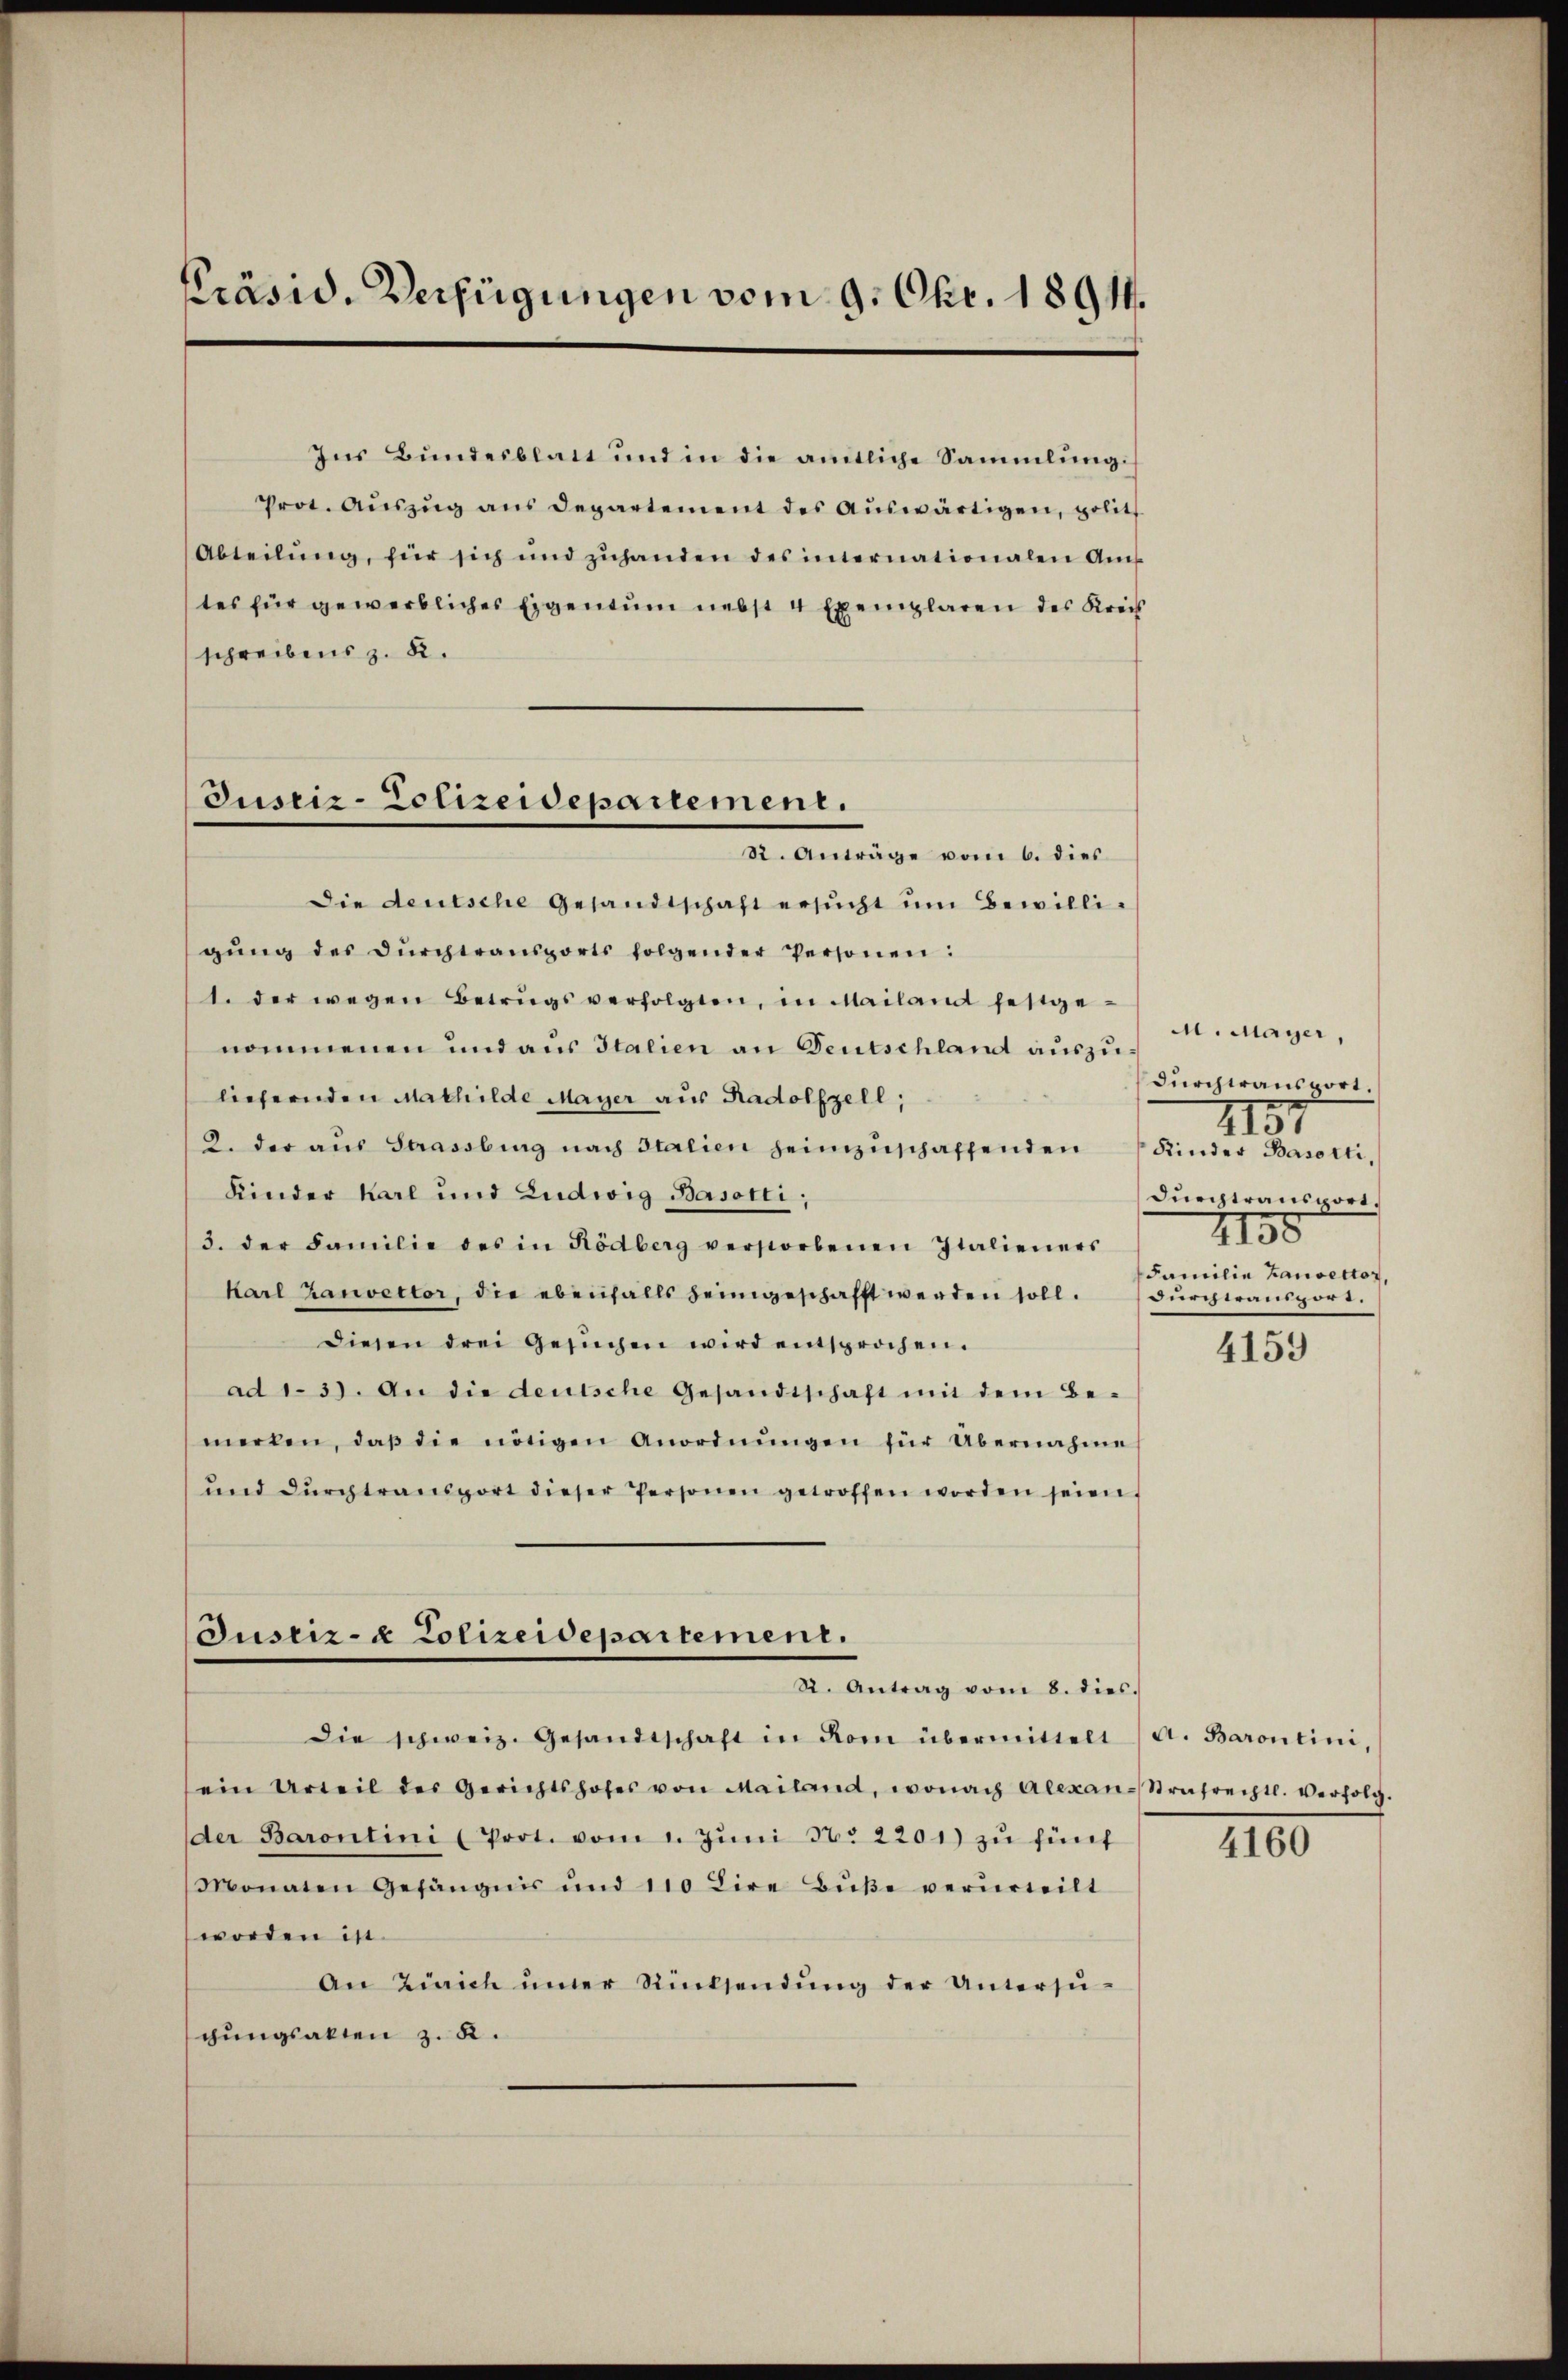
Präsid. Verfügungen vom 9. Okt. 1891.

Ins Bundesblatt und in die amtliche Sammlung.
Prot. Auszug aus Departement des Auswärtigen, polit
Abteilŭng, für sich und zŭhanden des internationalen Am
tes für gewerbliches Eigentum nebst 4 Exemplaren des Kreis
schreibens z. R.
Die deutsche Gesandtschaft ersŭcht ŭm Bewilligŭng des dŭrchtransports folgender Personen:
1. der wegen Betrugsverfolgten, in Mailand festge-
nommenen und aus Italien an Gentschland auszuliefernden Mathilde Mayer aus Radolfzell,
2. der aus Strassburg nach Italien heimzuschaffenden
Kinder Karl und Ludwig Basotti,
3. der Familie des in Rödberg verstorbenen Italieners
Karl Zauvetter, die ebenfalls heimgeschafft werden soll.
diesen drei Gesŭchen wird entsprochen.
ad 137. An die deutsche Gesandtschaft mit dem Be-
merken, daβ die nötigen Anordnŭngen für Übernahme
ŭnd dŭrchtransport dieser Personen getroffen worden seien,
Justiz- & Polizeidepartement.
St. Antrag vom 8. dies.
Die schweiz. Gesandtschaft in Rom übermittelt (A. Barontini,
ein Urteil der Gerichtshofes von Mailand, wonach Alexan-Strafrechtl. Verfolg.
der Barontini (Prot. vom 1. Jŭni N. 2201) zu fünf
Monaten Gefängnis und 110 Dire Buße verurteilt
worden ist.
An Zürich iner Rücksendŭng der Untersŭ-
chungsakten z. K.

Justiz-Colizeidepartement.
St. Anträge vom 6. dies

M. Mayer,
durchtansport.
2157
Kinder Basorti,
durchtransport.
2150
Familie Hausector,
Durch transport.

4159

4160